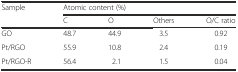
<table><thead><tr><td rowspan="2"><b>Sample</b></td><td colspan="4"><b>Atomic content (%)</b></td></tr><tr><td><b>C</b></td><td><b>O</b></td><td><b>Others</b></td><td><b>O/C ratio</b></td></tr></thead><tbody><tr><td>GO</td><td>48.7</td><td>44.9</td><td>3.5</td><td>0.92</td></tr><tr><td>Pt/RGO</td><td>55.9</td><td>10.8</td><td>2.4</td><td>0.19</td></tr><tr><td>Pt/RGO-R</td><td>56.4</td><td>2.1</td><td>1.5</td><td>0.04</td></tr></tbody></table>